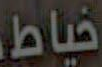
خياط